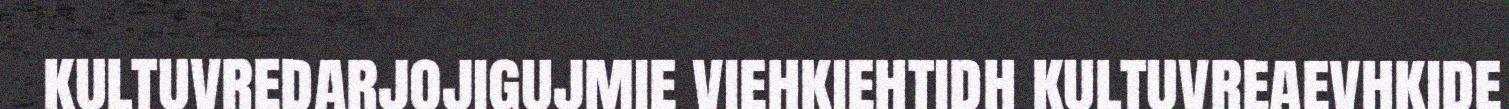
kultuvredarjojigujmie viehkiehtidh kultuvreaevhkide